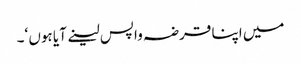
میں اپنا قرضہ واپس لینے آیا ہوں ‘۔